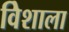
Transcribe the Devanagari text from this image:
विेशाला